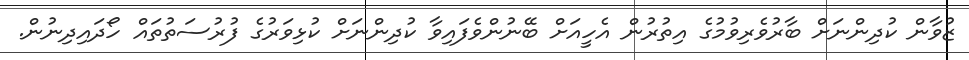
ޒުވާން ކުދިންނަށް ބާރުވެރިވުމުގެ އިތުރުން އެހީއަށް ބޭނުންވެފައިވާ ކުދިންނަށް ކުޅިވަރުގެ ފުރުސަތުތައް ހޯދައިދިނުން.